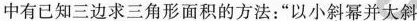
中有已知三边求三角形面积的方法：”以小斜幂并大斜